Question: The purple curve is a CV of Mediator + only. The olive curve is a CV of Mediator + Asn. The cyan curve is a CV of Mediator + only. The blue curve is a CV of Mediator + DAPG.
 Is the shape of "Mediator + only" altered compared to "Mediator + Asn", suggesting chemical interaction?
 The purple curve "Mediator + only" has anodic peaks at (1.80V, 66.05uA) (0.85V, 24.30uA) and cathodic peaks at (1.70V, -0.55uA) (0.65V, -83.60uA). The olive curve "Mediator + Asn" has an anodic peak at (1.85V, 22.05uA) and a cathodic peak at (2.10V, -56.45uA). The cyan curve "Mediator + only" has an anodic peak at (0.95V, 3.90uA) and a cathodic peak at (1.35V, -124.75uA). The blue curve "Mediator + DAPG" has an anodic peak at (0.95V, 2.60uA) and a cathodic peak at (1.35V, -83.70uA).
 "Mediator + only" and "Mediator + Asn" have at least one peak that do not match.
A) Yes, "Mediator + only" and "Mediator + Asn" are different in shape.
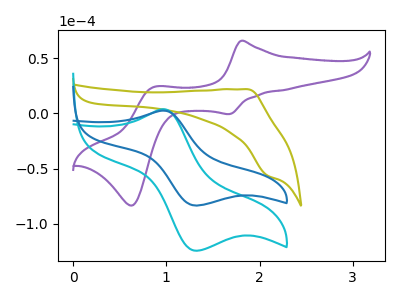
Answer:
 <answer>A) Yes, "Mediator + only" and "Mediator + Asn" are different in shape.</answer>
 <eval>A</eval>